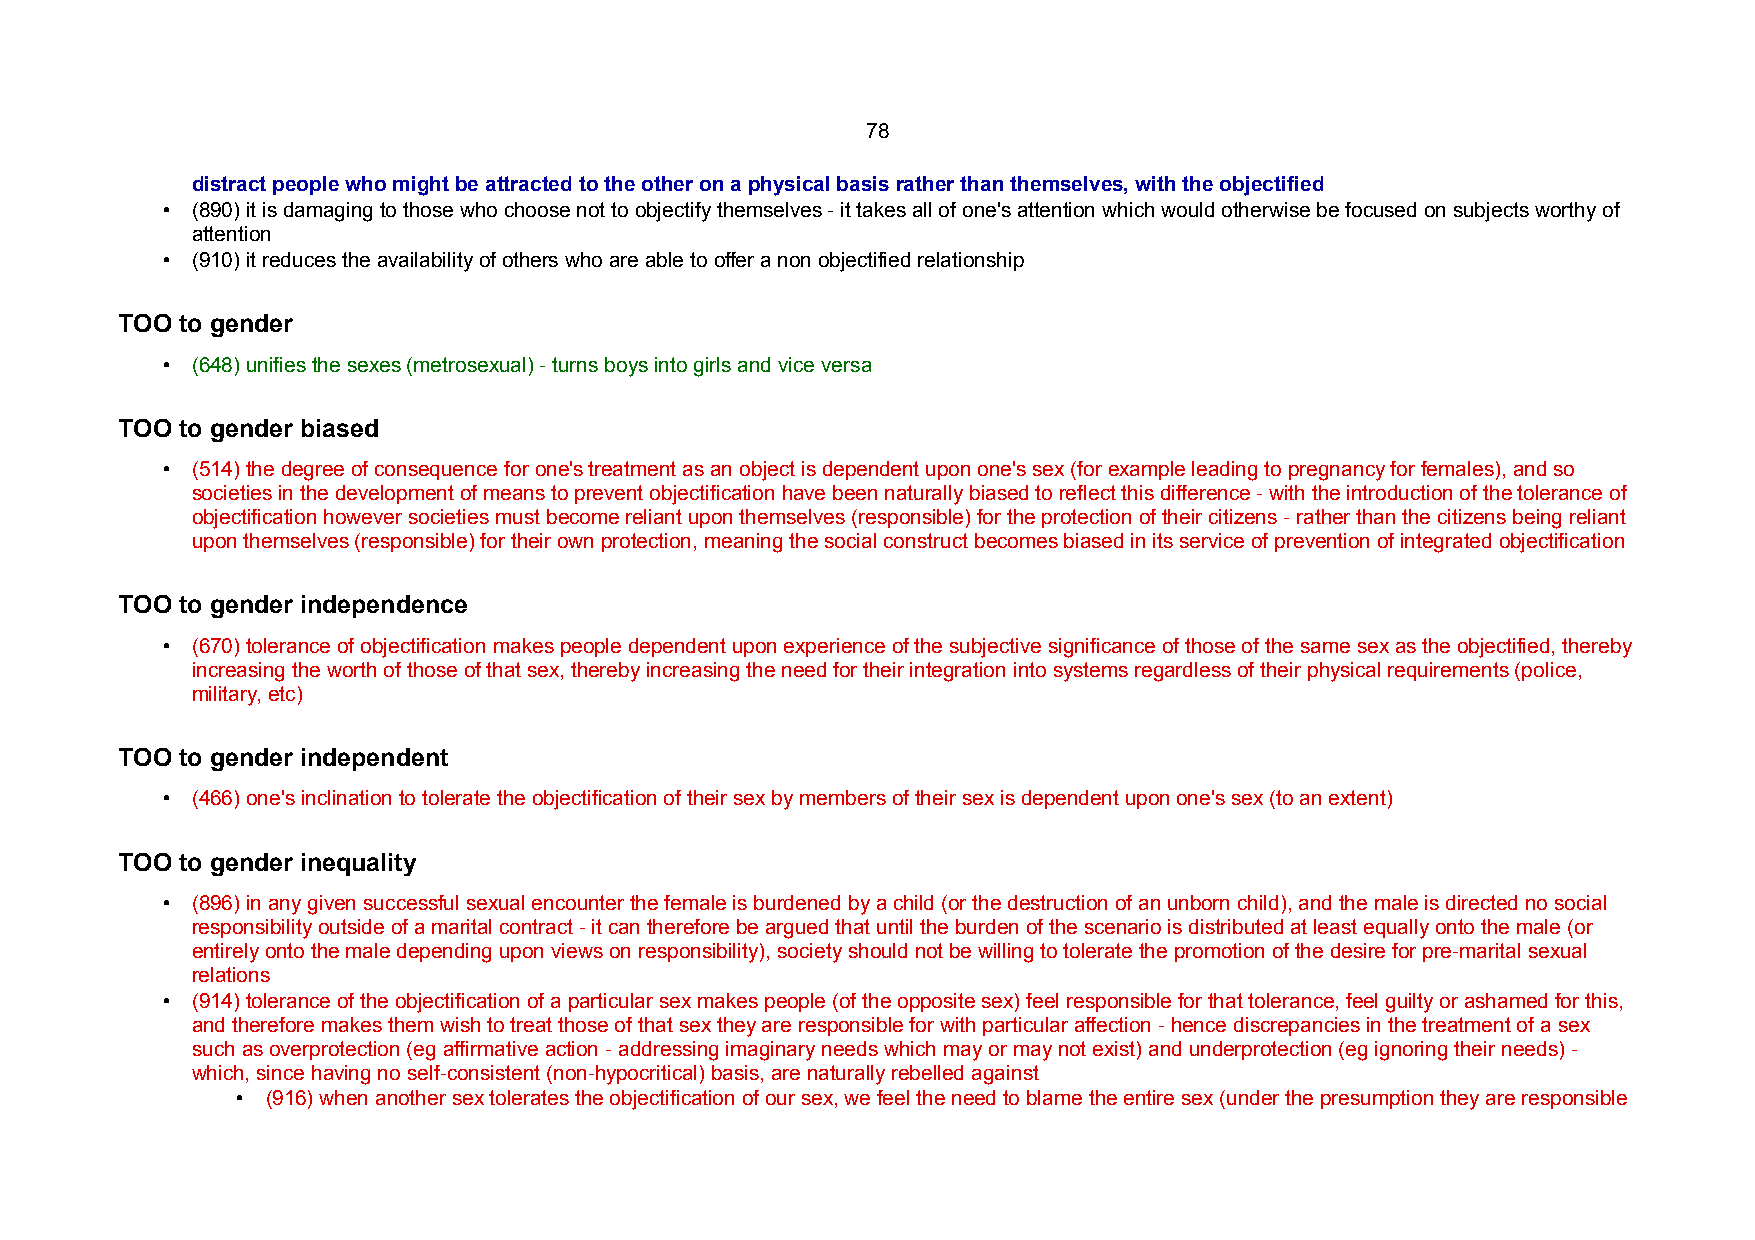
78
 distract people who might be attracted to the other on a physical basis rather than themselves, with the objectified
 • (890) it is damaging to those who choose not to objectify themselves - it takes all of one's attention which would otherwise be focused on subjects worthy of
 attention
 • (910) it reduces the availability of others who are able to offer a non objectified relationship
 TOO to gender
 • (648) unifies the sexes (metrosexual) - turns boys into girls and vice versa
 TOO to gender biased
 • (514) the degree of consequence for one's treatment as an object is dependent upon one's sex (for example leading to pregnancy for females), and so
 societies in the development of means to prevent objectification have been naturally biased to reflect this difference - with the introduction of the tolerance of
 objectification however societies must become reliant upon themselves (responsible) for the protection of their citizens - rather than the citizens being reliant
 upon themselves (responsible) for their own protection, meaning the social construct becomes biased in its service of prevention of integrated objectification
 TOO to gender independence
 • (670) tolerance of objectification makes people dependent upon experience of the subjective significance of those of the same sex as the objectified, thereby
 increasing the worth of those of that sex, thereby increasing the need for their integration into systems regardless of their physical requirements (police,
 military, etc)
 TOO to gender independent
 • (466) one's inclination to tolerate the objectification of their sex by members of their sex is dependent upon one's sex (to an extent)
 TOO to gender inequality
 • (896) in any given successful sexual encounter the female is burdened by a child (or the destruction of an unborn child), and the male is directed no social
 responsibility outside of a marital contract - it can therefore be argued that until the burden of the scenario is distributed at least equally onto the male (or
 entirely onto the male depending upon views on responsibility), society should not be willing to tolerate the promotion of the desire for pre-marital sexual
 relations
 • (914) tolerance of the objectification of a particular sex makes people (of the opposite sex) feel responsible for that tolerance, feel guilty or ashamed for this,
 and therefore makes them wish to treat those of that sex they are responsible for with particular affection - hence discrepancies in the treatment of a sex
 such as overprotection (eg affirmative action - addressing imaginary needs which may or may not exist) and underprotection (eg ignoring their needs) -
 which, since having no self-consistent (non-hypocritical) basis, are naturally rebelled against
 • (916) when another sex tolerates the objectification of our sex, we feel the need to blame the entire sex (under the presumption they are responsible